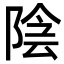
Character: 陰